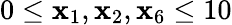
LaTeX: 0\leq\mathbf{x}_{1},\mathbf{x}_{2},\mathbf{x}_{6}\leq10